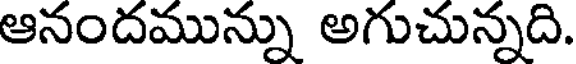
ఆనందమున్ను అగుచున్నది.